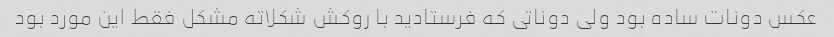
عکس دونات ساده بود ولی دوناتی که فرستادید با روکش شکلاته مشکل فقط این مورد بود